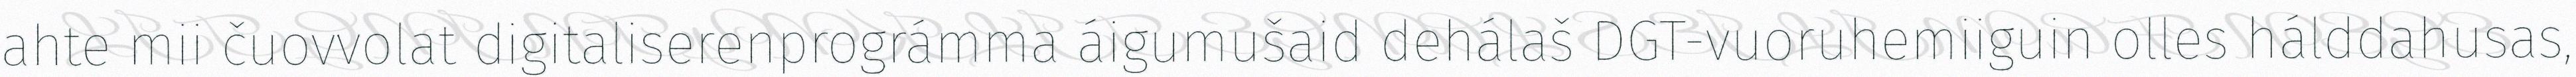
ahte mii čuovvolat digitaliserenprográmma áigumušaid dehálaš DGT-vuoruhemiiguin olles hálddahusas,